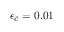
\epsilon _ { \bar { c } } = 0 . 0 1